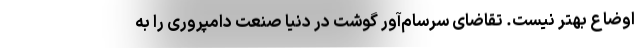
اوضاع بهتر نیست. تقاضای سرسام‌آور گوشت در دنیا صنعت دامپروری را به